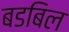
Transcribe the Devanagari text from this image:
बडबिल